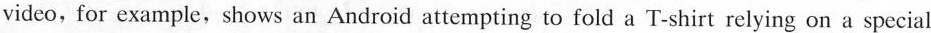
video, for example,shows an Android attempting to fold a T-shirt relying on a special